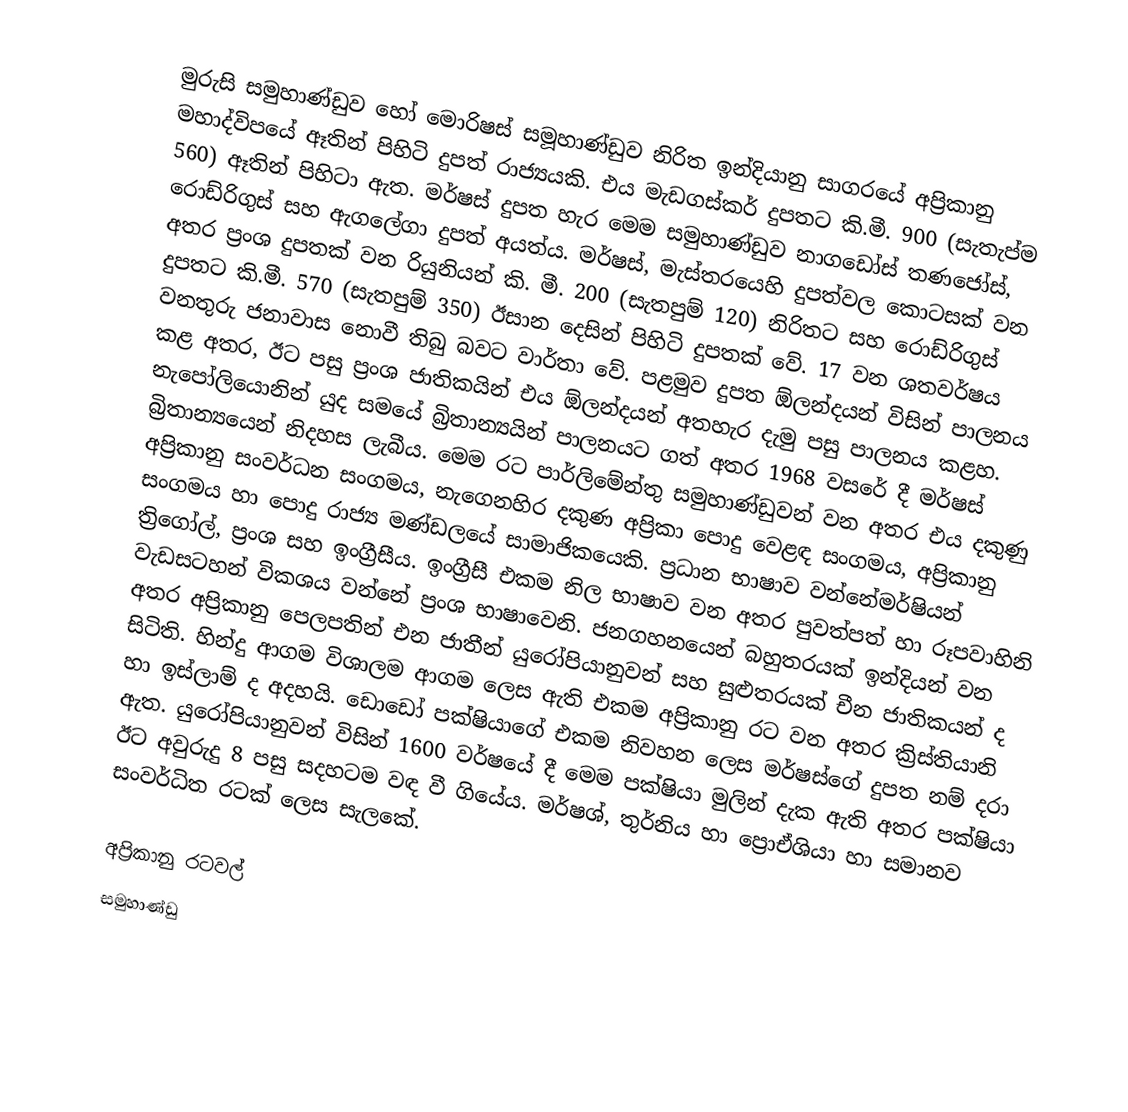
මුරුසි සමුහාණ්ඩුව හෝ මොරිෂස් සමූහාණ්ඩුව නිරිත ඉන්දියානු සාගරයේ අප්‍රිකානු මහාද්විපයේ ඈතින් පිහිටි දුපත් රාජ්‍යයකි. එය මැඩගස්කර් දුපතට කි.මී. 900 (සැතැප්ම 560) ඈතින් පිහිටා ඇත. මර්ෂස් දුපත හැර මෙම සමුහාණ්ඩුව නාගඩෝස් තණජෝස්, රොඩ්රිගුස් සහ ඇගලේගා දුපත් අයත්ය. මර්ෂස්, මැස්තරයෙහි දුපත්වල කොටසක් වන අතර ප්‍රංශ දුපතක් වන රියුනියන් කි. මී. 200 (සැතපුම් 120) නිරිතට සහ රොඩ්රිගුස් දුපතට කි.මී. 570 (සැතපුම් 350) ඊසාන දෙසින් පිහිටි දුපතක් වේ. 17 වන ශතවර්ෂය වනතුරු ජනාවාස නොවී තිබු බවට වාර්තා වේ. පළමුව දුපත ඕලන්දයන් විසින් පාලනය කළ අතර, ඊට පසු ප්‍රංශ ජාතිකයින් එය ඕලන්දයන් අතහැර දැමු පසු පාලනය කළහ. නැපෝලියොනින් යුද සමයේ බ්‍රිතාන්‍යයින් පාලනයට ගත් අතර 1968 වසරේ දී මර්ෂස් බ්‍රිතාන්‍යයෙන් නිදහස ලැබීය. මෙම රට පාර්ලිමේන්තු සමුහාණ්ඩුවන් වන අතර එය දකුණු අප්‍රිකානු සංවර්ධන සංගමය, නැගෙනහිර දකුණ අප්‍රිකා පොදු වෙළඳ සංගමය, අප්‍රිකානු සංගමය හා පොදු රාජ්‍ය මණ්ඩලයේ සාමාජිකයෙකි. ප්‍රධාන භාෂාව වන්නේමර්ෂියන් ත්‍රිගෝල්, ප්‍රංශ සහ ඉංග්‍රීසීය. ඉංග්‍රීසී එකම නිල භාෂාව වන අතර පුවත්පත් හා රූපවාහිනි වැඩසටහන් විකශය වන්නේ ප්‍රංශ භාෂාවෙනි. ජනගහනයෙන් බහුතරයක් ඉන්දියන් වන අතර අප්‍රිකානු පෙලපතින් එන ජාතීන් යුරෝපියානුවන් සහ සුළුතරයක් චීන ජාතිකයන් ද සිටිති. හින්දු ආගම විශාලම ආගම ලෙස ඇති එකම අප්‍රිකානු රට වන අතර ක්‍රිස්තියානි හා ඉස්ලාම් ද අදහයි. ඩොඩෝ පක්ෂියාගේ එකම නිවහන ලෙස මර්ෂස්ගේ දුපත නම් දරා ඇත. යුරෝපියානුවන් විසින් 1600 වර්ෂයේ දී මෙම පක්ෂියා මුලින් දැක ඇති අතර පක්ෂියා ඊට අවුරුදු 8 පසු සදහටම වඳ වී ගියේය. මර්ෂශ්, තුර්නිය හා ප්‍රොඒශියා හා සමානව සංවර්ධිත රටක් ලෙස සැලකේ.

අප්‍රිකානු රටවල්
සමුහාණ්ඩු